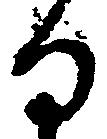
る